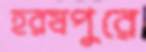
হরষপুরে